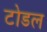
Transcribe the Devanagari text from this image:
टोडल